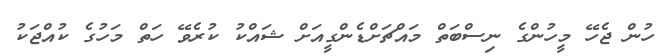
ހުން ޖެހޭ މީހުންގެ ނިސްބަތް މައްޗަށްޑެންގީއަށް ޝައްކު ކުރެވޭ ހަތް މަހުގެ ކުއްޖަކު